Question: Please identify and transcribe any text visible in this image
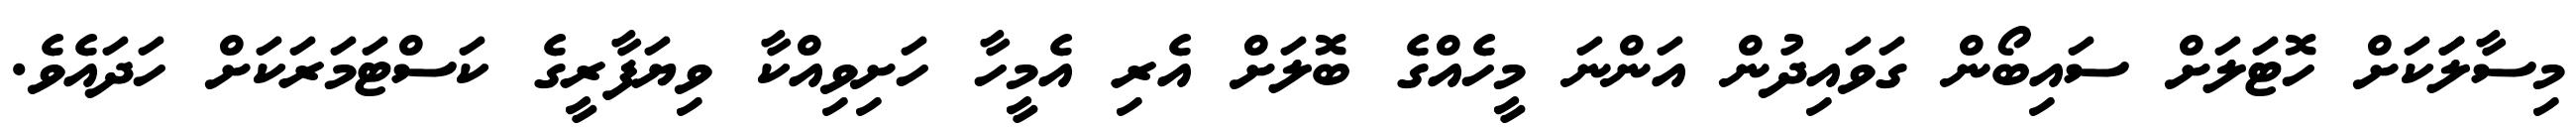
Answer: މިސާލަަކަށް ހޮޓަލަށް ސައިބޯން ގަވައިދުން އަންނަ މީހެއްގެ ބޮލަށް އެރި އެމީހާ ހަށިވިއްކާ ވިޔަފާރީގެ ކަސްޓަމަރަކަށް ހަދައެވެ.